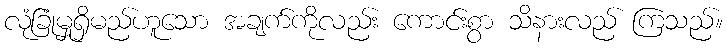
လုံခြုံမှုရှိမည်ဟူသော အချက်ကိုလည်း ကောင်းစွာ သိနားလည် ကြသည်။